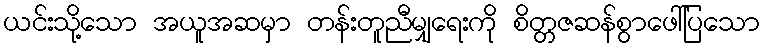
ယင်းသို့သော အယူအဆမှာ တန်းတူညီမျှရေးကို စိတ္တဇဆန်စွာဖေါ်ပြသော